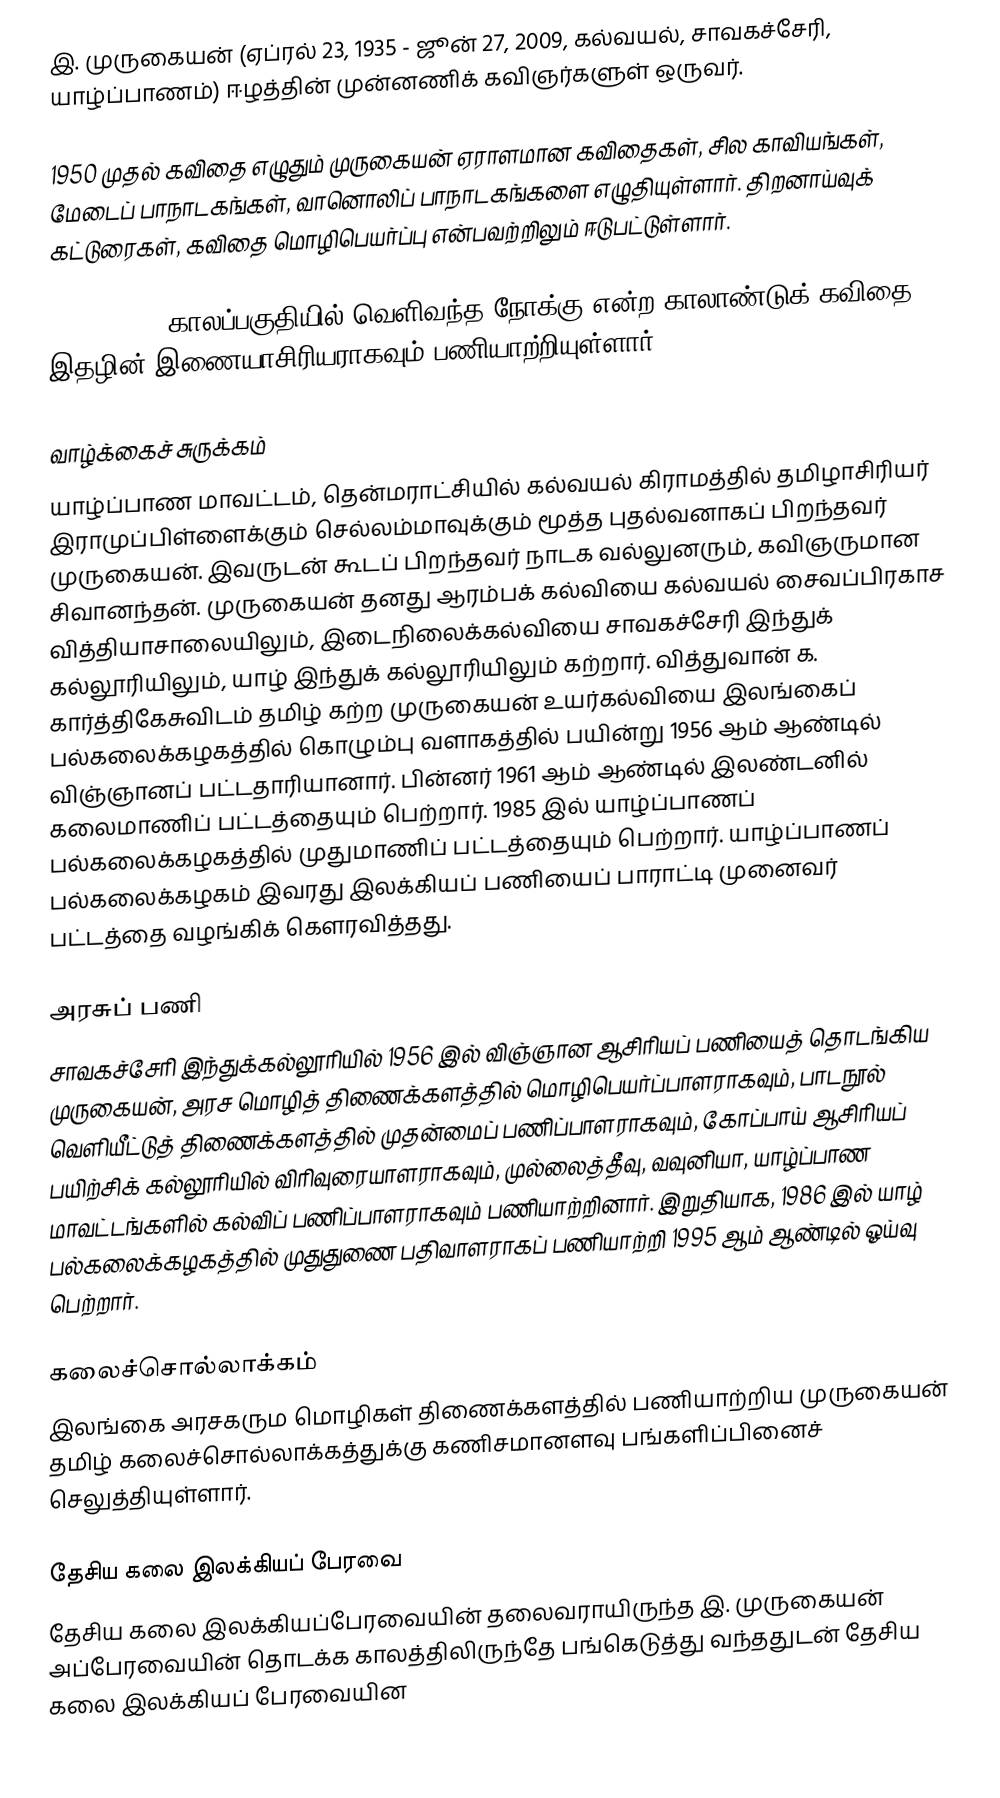
இ. முருகையன் (ஏப்ரல் 23, 1935 - ஜூன் 27, 2009, கல்வயல், சாவகச்சேரி, யாழ்ப்பாணம்)  ஈழத்தின் முன்னணிக் கவிஞர்களுள் ஒருவர்.

1950 முதல் கவிதை எழுதும் முருகையன் ஏராளமான கவிதைகள், சில காவியங்கள், மேடைப் பாநாடகங்கள், வானொலிப் பாநாடகங்களை எழுதியுள்ளார். திறனாய்வுக் கட்டுரைகள், கவிதை மொழிபெயர்ப்பு என்பவற்றிலும் ஈடுபட்டுள்ளார்.

1964 - 1965 காலப்பகுதியில் வெளிவந்த நோக்கு என்ற காலாண்டுக் கவிதை இதழின் இணையாசிரியராகவும் பணியாற்றியுள்ளார்.

வாழ்க்கைச் சுருக்கம்
யாழ்ப்பாண மாவட்டம், தென்மராட்சியில் கல்வயல் கிராமத்தில் தமிழாசிரியர் இராமுப்பிள்ளைக்கும் செல்லம்மாவுக்கும் மூத்த புதல்வனாகப் பிறந்தவர் முருகையன். இவருடன் கூடப் பிறந்தவர் நாடக வல்லுனரும், கவிஞருமான சிவானந்தன். முருகையன் தனது ஆரம்பக் கல்வியை கல்வயல் சைவப்பிரகாச வித்தியாசாலையிலும், இடைநிலைக்கல்வியை சாவகச்சேரி இந்துக் கல்லூரியிலும், யாழ் இந்துக் கல்லூரியிலும் கற்றார். வித்துவான் க. கார்த்திகேசுவிடம் தமிழ் கற்ற முருகையன் உயர்கல்வியை இலங்கைப் பல்கலைக்கழகத்தில் கொழும்பு வளாகத்தில் பயின்று 1956 ஆம் ஆண்டில் விஞ்ஞானப் பட்டதாரியானார். பின்னர் 1961 ஆம் ஆண்டில் இலண்டனில் கலைமாணிப் பட்டத்தையும் பெற்றார். 1985 இல் யாழ்ப்பாணப் பல்கலைக்கழகத்தில் முதுமாணிப் பட்டத்தையும் பெற்றார். யாழ்ப்பாணப் பல்கலைக்கழகம் இவரது இலக்கியப் பணியைப் பாராட்டி முனைவர் பட்டத்தை வழங்கிக் கௌரவித்தது.

அரசுப் பணி
சாவகச்சேரி இந்துக்கல்லூரியில் 1956 இல் விஞ்ஞான ஆசிரியப் பணியைத் தொடங்கிய முருகையன், அரச மொழித் திணைக்களத்தில் மொழிபெயர்ப்பாளராகவும், பாடநூல் வெளியீட்டுத் திணைக்களத்தில் முதன்மைப் பணிப்பாளராகவும், கோப்பாய் ஆசிரியப் பயிற்சிக் கல்லூரியில் விரிவுரையாளராகவும், முல்லைத்தீவு, வவுனியா, யாழ்ப்பாண மாவட்டங்களில் கல்விப் பணிப்பாளராகவும் பணியாற்றினார். இறுதியாக, 1986 இல் யாழ் பல்கலைக்கழகத்தில் முதுதுணை பதிவாளராகப் பணியாற்றி 1995 ஆம் ஆண்டில் ஓய்வு பெற்றார்.

கலைச்சொல்லாக்கம்
இலங்கை அரசகரும மொழிகள் திணைக்களத்தில் பணியாற்றிய முருகையன் தமிழ் கலைச்சொல்லாக்கத்துக்கு கணிசமானளவு பங்களிப்பினைச் செலுத்தியுள்ளார்.

தேசிய கலை இலக்கியப் பேரவை
தேசிய கலை இலக்கியப்பேரவையின் தலைவராயிருந்த இ. முருகையன் அப்பேரவையின் தொடக்க காலத்திலிருந்தே பங்கெடுத்து வந்ததுடன் தேசிய கலை இலக்கியப் பேரவையின